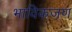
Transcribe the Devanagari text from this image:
भाविकजण